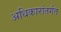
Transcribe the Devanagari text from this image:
अधिकारांतर्गत